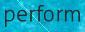
perform